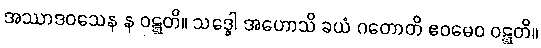
အဿာဒဝသေန န ဝဋ္ဋတိ။ သဒ္ဓေါ အဟောသိ ခယံ ဂတောတိ ဧဝမေဝ ဝဋ္ဋတိ။